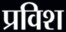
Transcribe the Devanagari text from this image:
प्रविश